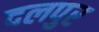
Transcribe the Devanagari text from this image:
दलपुर